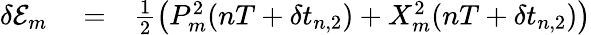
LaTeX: \begin{array}{rlr}{\delta\mathcal{E}_{m}}&{{}=}&{\frac{1}{2}\left(P_{m}^{2}(nT+\delta t_{n,2})+X_{m}^{2}(nT+\delta t_{n,2})\right)}\end{array}